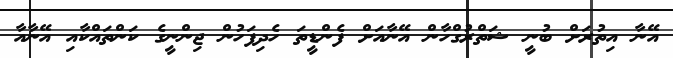
އޭނާ އިތުރަށް ބުނީ ޝަތްރުގްހާން އޭނާއަށް ފެންޑީތަ ހެދިފަހުން ޖިންނީގެ ކަންތައްކާއި އޭނާއާ